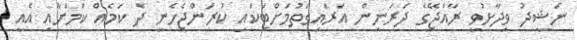
ނަޝީދު ވިދާޅުވީ ރާއްޖޭގެ ދަރަނިން އަރައިގަތުމަށްޓަކައި ކުރަންޖެހެނީ ދެ ކަމެއް ކަމަށާއި އެއީ